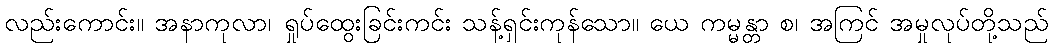
လည်းကောင်း။ အနာကုလာ၊ ရှုပ်ထွေးခြင်းကင်း သန့်ရှင်းကုန်သော။ ယေ ကမ္မန္တာ စ၊ အကြင် အမှုလုပ်တို့သည်